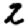
Digit: 2